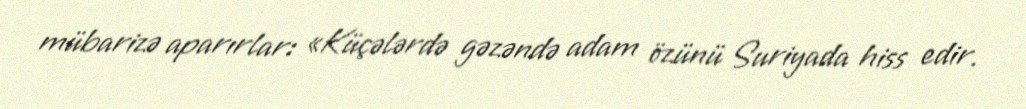
mübarizə aparırlar: «Küçələrdə gəzəndə adam özünü Suriyada hiss edir.